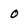
Character: o